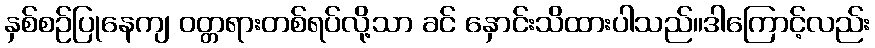
နှစ်စဉ်ပြုနေကျ ဝတ္တရားတစ်ရပ်လို့သာ ခင် နှောင်းသိထားပါသည်။ဒါကြောင့်လည်း